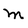
Character: m